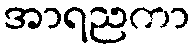
အာရညကာ